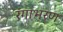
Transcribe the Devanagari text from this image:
रंगाभरण